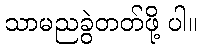
သာမညခွဲတတ်ဖို့ ပါ။